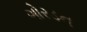
ગોરડન